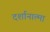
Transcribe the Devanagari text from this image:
दर्शानात्मा